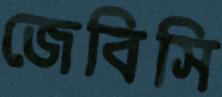
জেবিসি